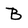
Character: B